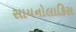
સાયનોલાકિસ